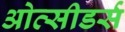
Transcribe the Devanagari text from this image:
ओत्सीडर्स